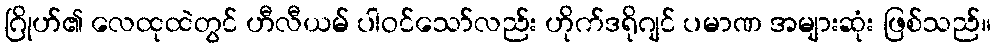
ဂြိုဟ်၏ လေထုထဲတွင် ဟီလီယမ် ပါဝင်သော်လည်း ဟိုက်ဒရိုဂျင် ပမာဏ အများဆုံး ဖြစ်သည်။